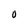
Character: O